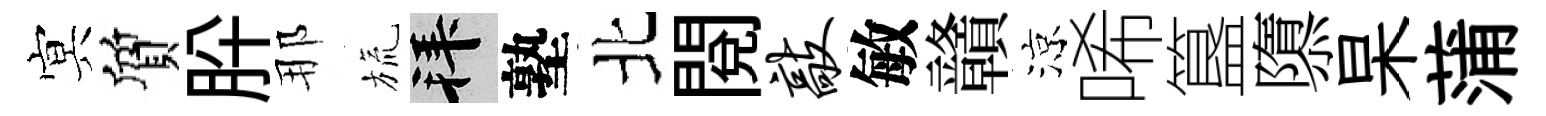
㝠質肸那旒拜塾北閱敲敏贛涼唏簋隳杲蒲